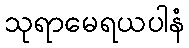
သုရာမေရယပါနံ